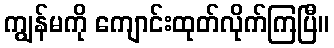
ကျွန်မကို ကျောင်းထုတ်လိုက်ကြပြီ။